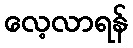
လေ့လာရန်